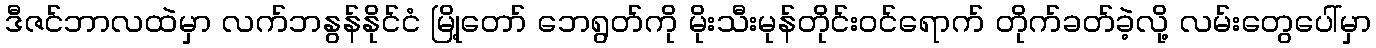
ဒီဇင်ဘာလထဲမှာ လက်ဘနွန်နိုင်ငံ မြို့တော် ဘေရွတ်ကို မိုးသီးမုန်တိုင်းဝင်ရောက် တိုက်ခတ်ခဲ့လို့ လမ်းတွေပေါ်မှာ